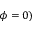
\phi = 0 )